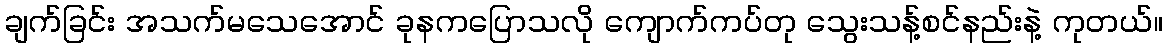
ချက်ခြင်း အသက်မသေအောင် ခုနကပြောသလို ကျောက်ကပ်တု သွေးသန့်စင်နည်းနဲ့ ကုတယ်။